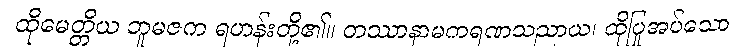
ထိုမေတ္တိယ ဘူမဇက ရဟန်းတို့၏။ တဿာနာမကရဏသညာယ၊ ထိုပြုအပ်သော